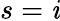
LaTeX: s=\mathit{i}